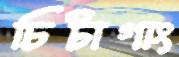
চিটাগাং